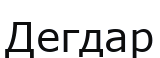
Дегдар